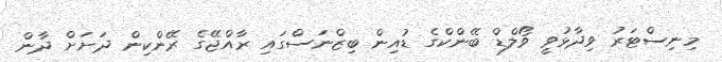
މިނިސްޓަރު ވިދާޅުވީ ވޯލްޑް ބޭންކްގެ ޑުއިން ބިޒްނަސްގައި ރާއްޖޭގެ ރޭންކިން ދަށަށް ދާން